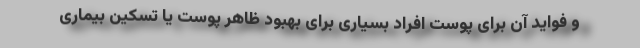
و فواید آن برای پوست افراد بسیاری برای بهبود ظاهر پوست یا تسکین بیماری